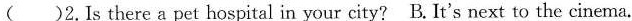
( )2.Is there a pet hospital in your city? B. It's next to the cinema.